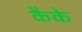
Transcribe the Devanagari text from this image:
कैके